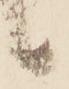
候